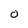
Character: 0